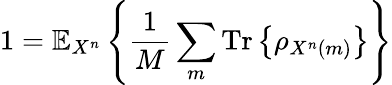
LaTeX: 1=\mathbb{E}_{X^{n}}\left\{ {\frac{1}{M}}\sum_{m}{\mathrm{Tr}}\left\{ \rho_{X^{n}\left(m\right)}\right\} \right\}